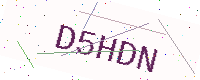
Text: D5HDN